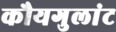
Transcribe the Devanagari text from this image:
कौयगुलांट